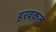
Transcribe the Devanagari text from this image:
हरवक़त